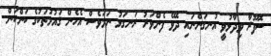
ސޮފޫރާ ވިދާޅުވީ އުނގަންނައި ދެވޭ ފެންވަރު ރަނގަޅު ނަމަވެސް އެހެން ޤައުމުތަކުގެ ކަންކަން